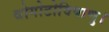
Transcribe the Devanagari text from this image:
थोगोटोविषाणु।